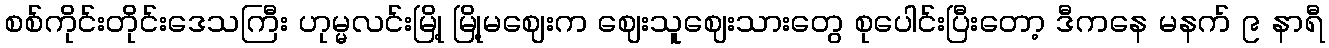
စစ်ကိုင်းတိုင်းဒေသကြီး ဟုမ္မလင်းမြို့ မြို့မဈေးက ဈေးသူဈေးသားတွေ စုပေါင်းပြီးတော့ ဒီကနေ မနက် ၉ နာရီ